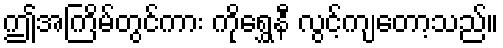
ဤအကြိမ်တွင်ကား ကိုရွှေနီ လွင့်ကျတော့သည်။